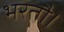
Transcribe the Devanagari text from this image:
भरतौ।